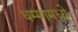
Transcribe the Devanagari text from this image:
धम्मामध्ये